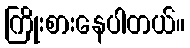
ကြိုးစားနေပါတယ်။